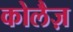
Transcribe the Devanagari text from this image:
कोलैज़